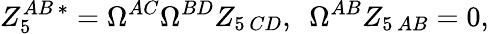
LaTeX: Z_{5}^{AB\, *}=\Omega^{AC}\Omega^{BD}Z_{5\, CD},\ \ \Omega^{AB}Z_{5\, AB}=0,